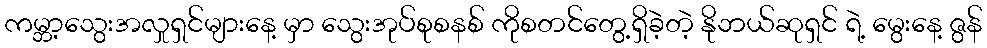
ကမ္ဘာ့သွေးအလှုရှင်များနေ့ မှာ သွေးအုပ်စုစနစ် ကိုစတင်တွေ့ရှိခဲ့တဲ့ နိုဘယ်ဆုရှင် ရဲ့ မွေးနေ့ ဇွန်